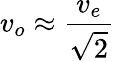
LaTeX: v_{o}\approx{\frac{v_{e}}{\sqrt{2}}}